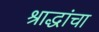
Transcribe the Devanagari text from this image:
श्राद्धांचा